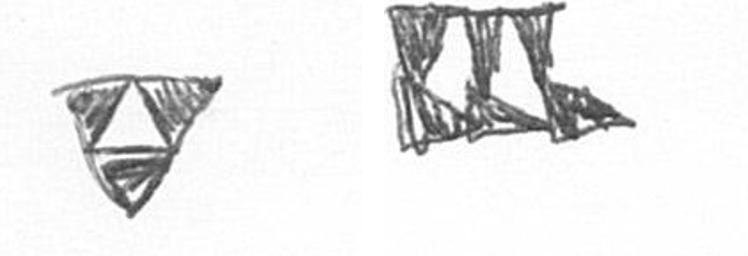
S D